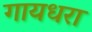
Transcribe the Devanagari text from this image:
गायधरा